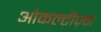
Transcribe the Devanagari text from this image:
ओकल्टीज़्म